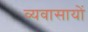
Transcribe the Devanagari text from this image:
व्यवासायों